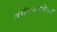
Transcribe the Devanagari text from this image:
बसंतकोकिला